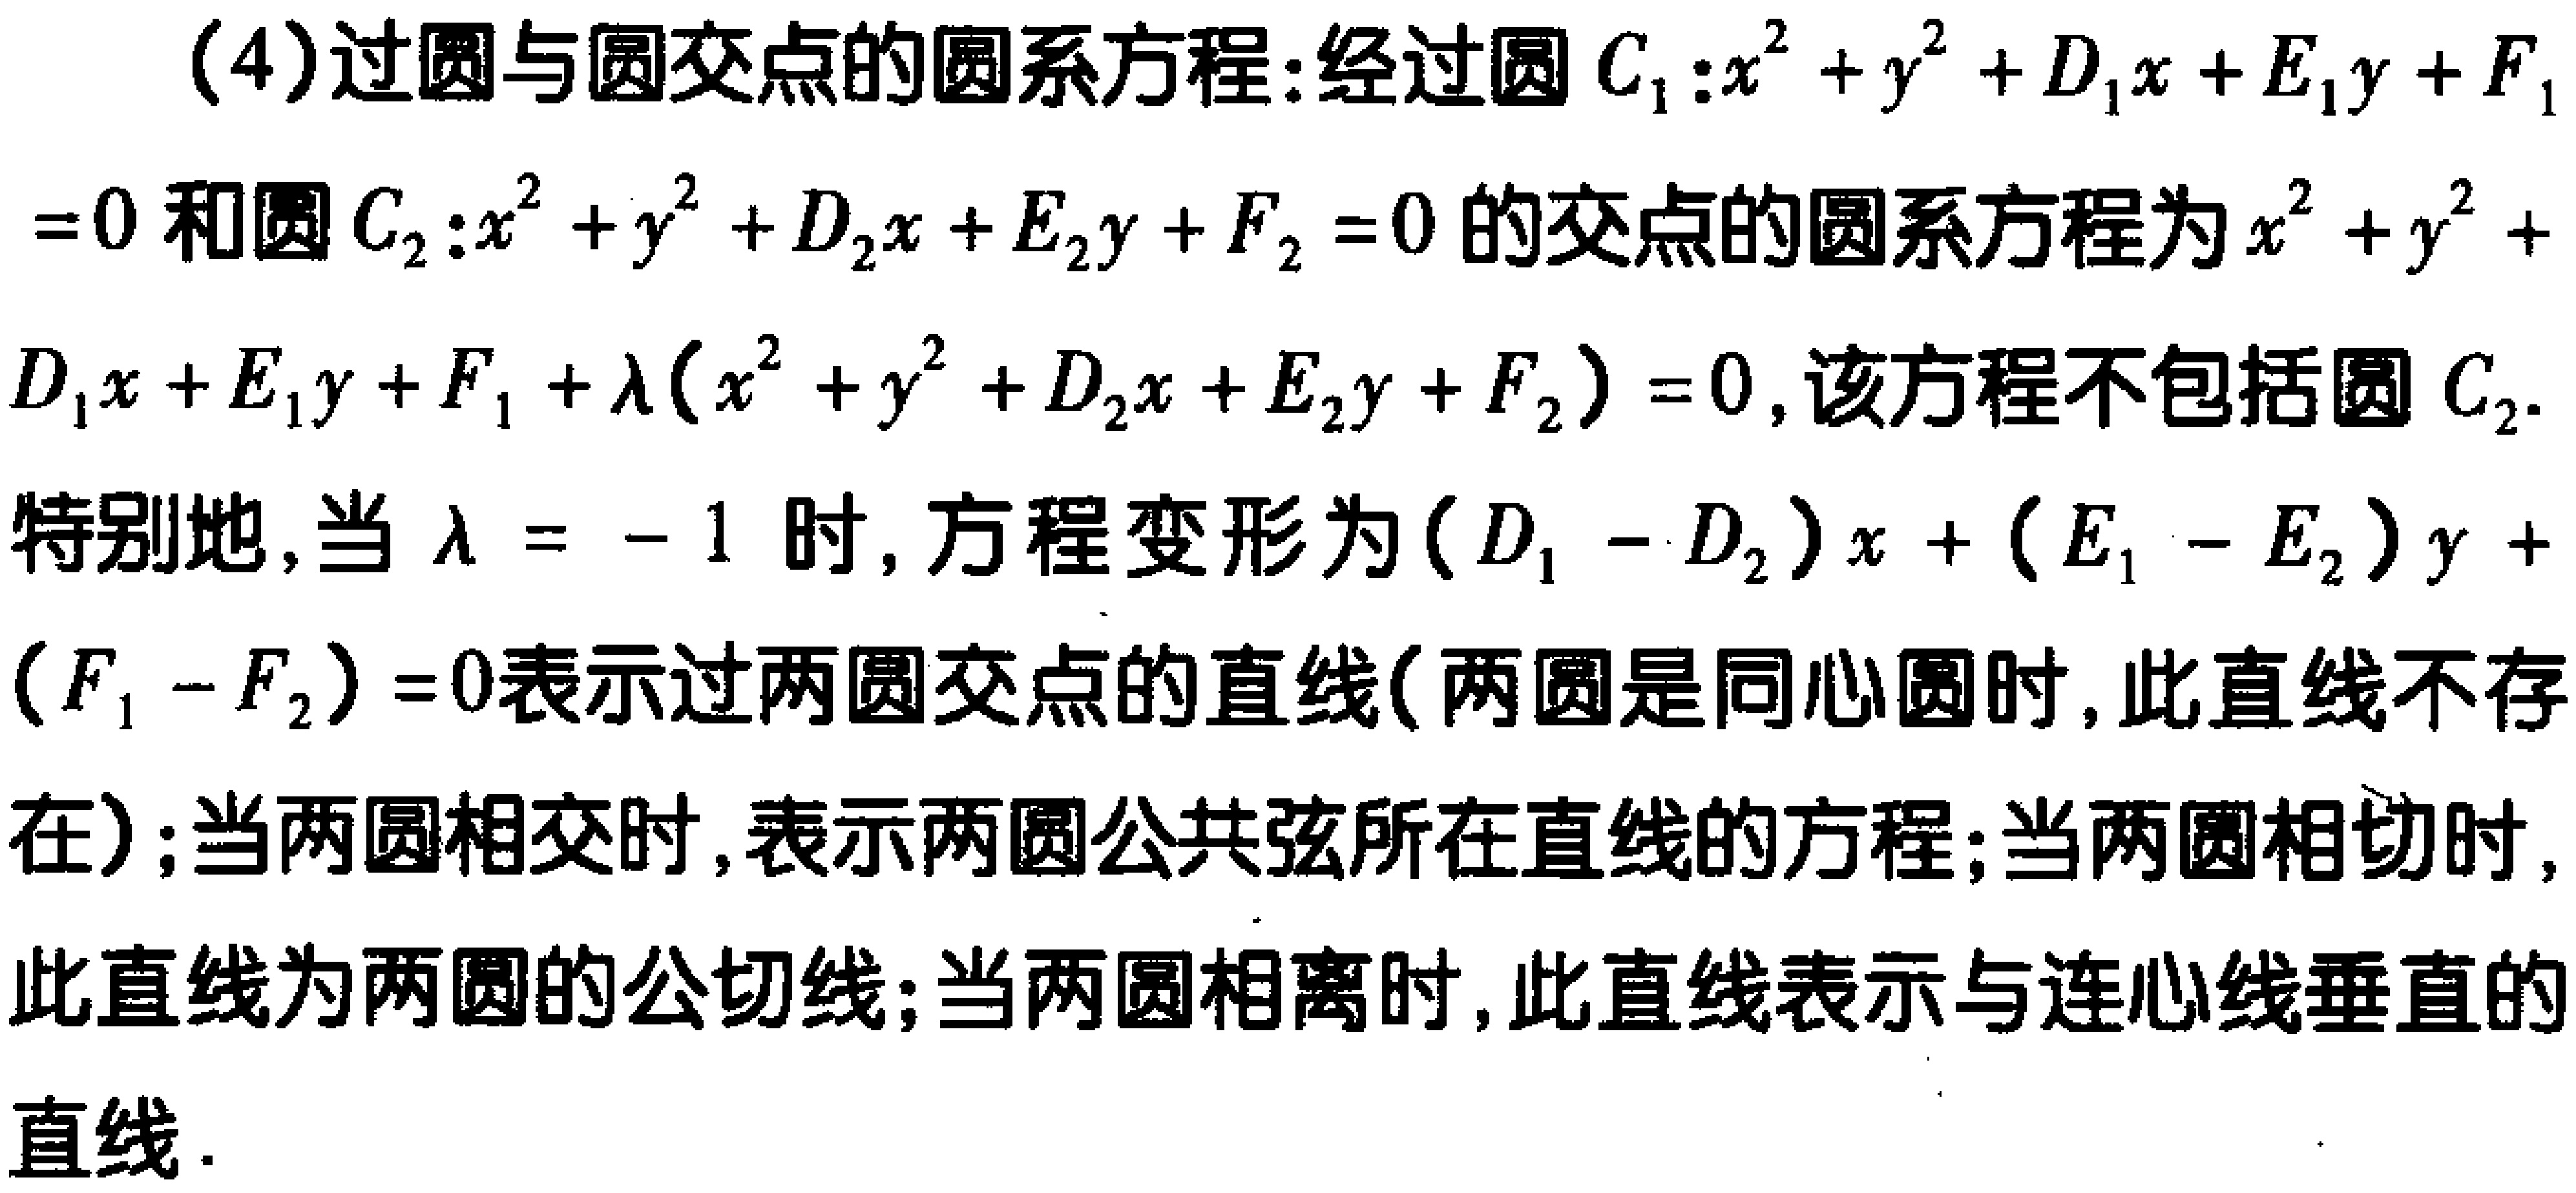
（4）过圆与圆交点的圆系方程：经过圆 \(C_{1}:x^{2}+y^{2}+D_{1}x + E_{1}y+F_{1}=0\) 和圆 \(C_{2}:x^{2}+y^{2}+D_{2}x + E_{2}y+F_{2}=0\) 的交点的圆系方程为 \(x^{2}+y^{2}+D_{1}x + E_{1}y+F_{1}+\lambda(x^{2}+y^{2}+D_{2}x + E_{2}y+F_{2}) = 0\)，该方程不包括圆 \(C_{2}\).
特别地，当 \(\lambda=-1\) 时，方程变形为 \((D_{1}-D_{2})x+(E_{1}-E_{2})y+(F_{1}-F_{2}) = 0\)表示过两圆交点的直线（两圆是同心圆时，此直线不存在）；当两圆相交时，表示两圆公共弦所在直线的方程；当两圆相切时，此直线为两圆的公切线；当两圆相离时，此直线表示与连心线垂直的直线.